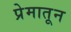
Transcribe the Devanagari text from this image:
प्रेमातून